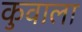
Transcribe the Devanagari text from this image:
कुवाला